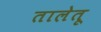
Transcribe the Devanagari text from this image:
तालेतू